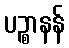
ပဉ္စာနန်